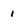
Character: 1